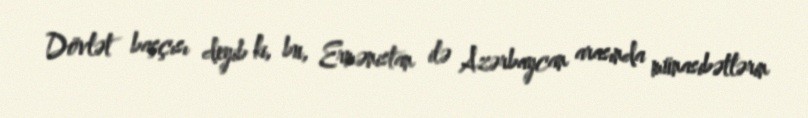
Dövlət başçısı deyib ki, bu, Ermənistan ilə Azərbaycan arasında münasibətlərin